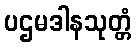
ပဌမဒါနသုတ္တံ